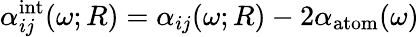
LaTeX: \alpha_{ij}^{\mathrm{int}}(\omega;R)=\alpha_{ij}(\omega;R)-2\alpha_{\mathrm{atom}}(\omega)